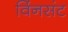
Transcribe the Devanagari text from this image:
विंनसंट